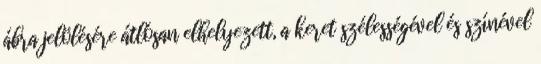
ábra jelölésére átlósan elhelyezett, a keret szélességével és színével